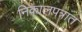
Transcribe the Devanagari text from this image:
निकालपत्रात